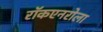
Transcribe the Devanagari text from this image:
रॉकएनरोला